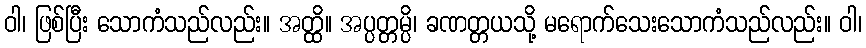
ဝါ၊ ဖြစ်ပြီး သောကံသည်လည်း။ အတ္ထိ။ အပ္ပတ္တမ္ပိ၊ ခဏတ္တယသို့ မရောက်သေးသောကံသည်လည်း။ ဝါ၊